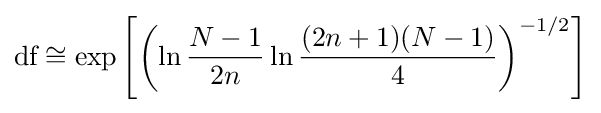
{\text{df}}\cong \exp \left[\left(\ln {\frac {N-1}{2n}}\ln {\frac {(2n+1)(N-1)}{4}}\right)^{-1/2}\right]